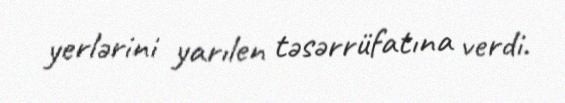
yerlərini yarılen təsərrüfatına verdi.